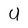
Character: U